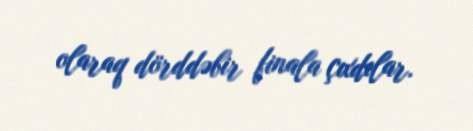
olaraq dörddəbir finala çıxdılar.